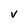
Character: v